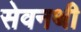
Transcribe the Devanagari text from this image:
सेवनथी